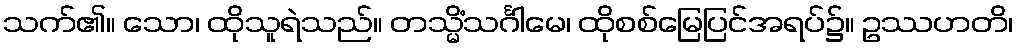
သက်၏။ သော၊ ထိုသူရဲသည်။ တသ္မိံသင်္ဂါမေ၊ ထိုစစ်မြေပြင်အရပ်၌။ ဥဿဟတိ၊